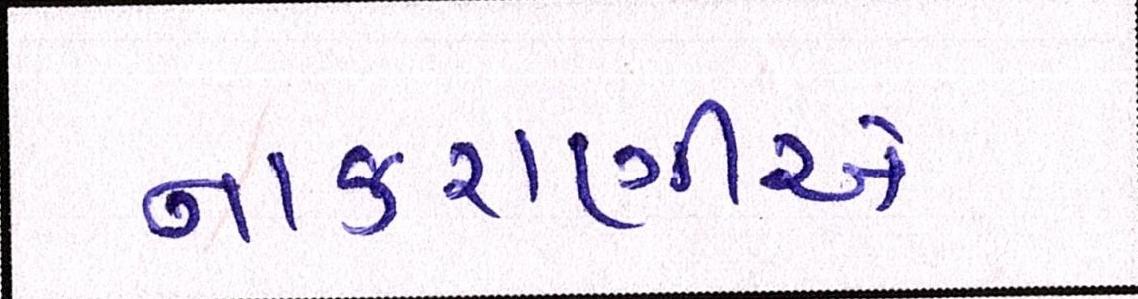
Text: નાકરાણીએ